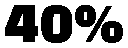
40%